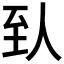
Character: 𬛱